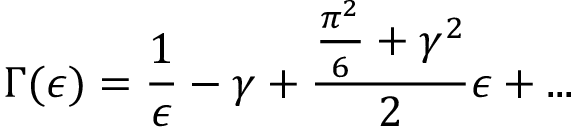
\Gamma ( \epsilon ) = \frac { 1 } { \epsilon } - \gamma + \frac { \frac { \pi ^ { 2 } } { 6 } + { \gamma } ^ { 2 } } { 2 } \epsilon + . . .